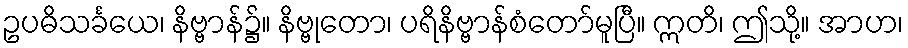
ဥပဓိသင်္ခယေ၊ နိဗ္ဗာန်၌။ နိဗ္ဗုတော၊ ပရိနိဗ္ဗာန်စံတော်မူပြီ။ ဣတိ၊ ဤသို့။ အာဟ၊